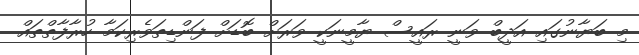
މި ބަޔާނުގައި އަދީބް ވަނީ ރައީސް ޔާމީނަކީ ވަރަށް ބޮޑަށް ފަންޑިތަވެރިކަމާ ހުރާފާތްތައް